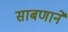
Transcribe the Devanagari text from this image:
साबणाने